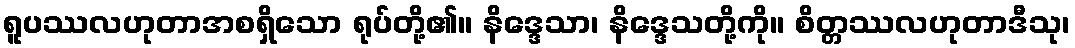
ရူပဿလဟုတာအစရှိသော ရုပ်တို့၏။ နိဒ္ဒေသာ၊ နိဒ္ဒေသတို့ကို။ စိတ္တဿလဟုတာဒီသု၊